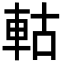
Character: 軲